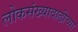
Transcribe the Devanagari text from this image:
लोकसंख्यावाढीच्या